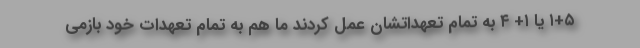
۱+۵ یا ۱+ ۴ به تمام تعهداتشان عمل کردند ما هم به تمام تعهدات خود بازمی